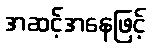
အဆင့်အနေဖြင့်